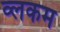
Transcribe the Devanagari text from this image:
व्लकम